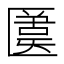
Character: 𠥛